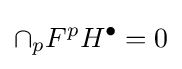
\cap _{p}F^{p}H^{\bullet }=0